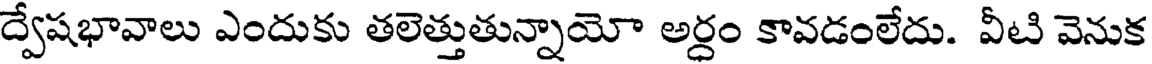
ద్వేషభావాలు ఎందుకు తలెత్తుతున్నాయో అర్ధం కావడంలేదు. వీటి వెనుక